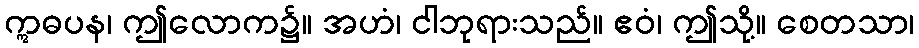
ဣဓပန၊ ဤလောက၌။ အဟံ၊ ငါဘုရားသည်။ ဧဝံ၊ ဤသို့။ စေတသာ၊